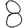
Digit: 8